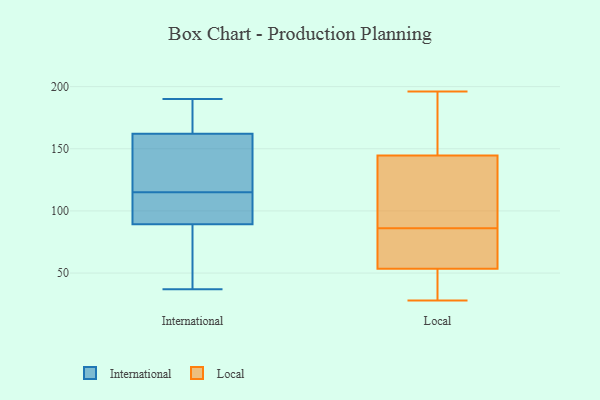
{"axis": {"x": "LTV (USD)", "y": "Value"}, "legend": ["International", "Local"], "data": [{"x": "", "y": 98, "type": "International"}, {"x": "", "y": 175, "type": "International"}, {"x": "", "y": 130, "type": "International"}, {"x": "", "y": 134, "type": "International"}, {"x": "", "y": 124, "type": "International"}, {"x": "", "y": 162, "type": "International"}, {"x": "", "y": 115, "type": "International"}, {"x": "", "y": 107, "type": "International"}, {"x": "", "y": 87, "type": "International"}, {"x": "", "y": 90, "type": "International"}, {"x": "", "y": 61, "type": "International"}, {"x": "", "y": 37, "type": "International"}, {"x": "", "y": 190, "type": "International"}, {"x": "", "y": 168, "type": "International"}, {"x": "", "y": 112, "type": "International"}, {"x": "", "y": 47, "type": "International"}, {"x": "", "y": 162, "type": "International"}, {"x": "", "y": 40, "type": "Local"}, {"x": "", "y": 89, "type": "Local"}, {"x": "", "y": 142, "type": "Local"}, {"x": "", "y": 147, "type": "Local"}, {"x": "", "y": 168, "type": "Local"}, {"x": "", "y": 90, "type": "Local"}, {"x": "", "y": 44, "type": "Local"}, {"x": "", "y": 63, "type": "Local"}, {"x": "", "y": 28, "type": "Local"}, {"x": "", "y": 196, "type": "Local"}, {"x": "", "y": 83, "type": "Local"}, {"x": "", "y": 70, "type": "Local"}]}